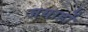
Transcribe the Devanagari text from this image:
जयार्हो